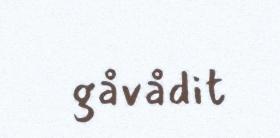
gåvådit